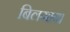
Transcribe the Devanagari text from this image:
बिलगाय।